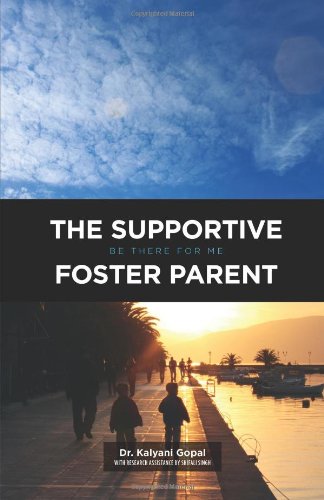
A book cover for The Supportive Foster Parent: "Be there for me"; Dr. Kalyani Gopal; Parenting & Relationships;